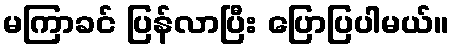
မကြာခင် ပြန်လာပြီး ပြောပြပါမယ်။